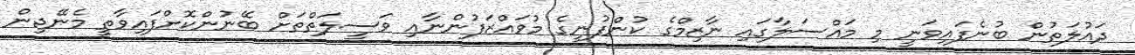
ދައުލަތުން ބުނެފައިވަނީ މި މައްސަލާގައި ނާޒިމްގެ ކުންފުނީގެ މުވައްޒަފުންނާއި ވަސީލަތްތަށް ބޭނުންކޮށްފައިވާތީ މެނޭޖިން